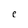
Character: e